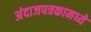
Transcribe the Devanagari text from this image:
अंदाजपत्रकामध्ये